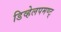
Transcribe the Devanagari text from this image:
डिव्हेलपमण्ट्